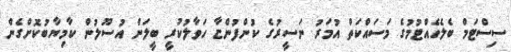
ސިސްޓަމް ބެލެހެއްޓުމުގެ މަސައްކަތް އުމަރު ނަސީރުގެ ކުންފުންޏާ ހަވާލުކުރީ ބީލަން އުސޫލުން ކާމިޔާބުކޮށްގެން